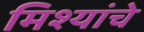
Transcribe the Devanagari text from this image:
मिश्यांचे